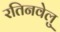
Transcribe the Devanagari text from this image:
रतिनवेलु